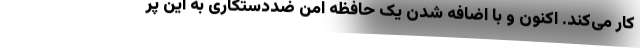
کار می‌کند. اکنون و با اضافه شدن یک حافظه امن ضددستکاری به این پر